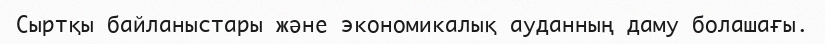
Сыртқы байланыстары және экономикалық ауданның даму болашағы.